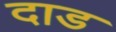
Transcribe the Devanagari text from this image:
दाड